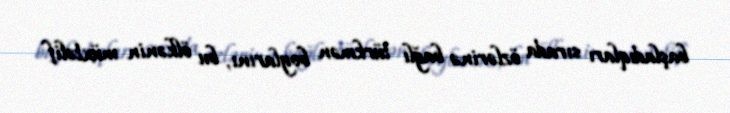
başladıqları sırada özlərinə bağlı türkmən boylarını, bu ölkənin müxtəlif